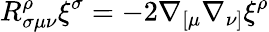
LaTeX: R_{\sigma\mu\nu}^{\rho}\xi^{\sigma}=-2\nabla_{[\mu}\nabla_{\nu]}\xi^{\rho}